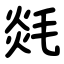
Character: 㲜